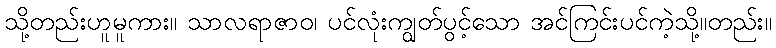
သို့တည်းဟူမူကား။ သာလရာဇာဝ၊ ပင်လုံးကျွတ်ပွင့်သော အင်ကြင်းပင်ကဲ့သို့။တည်း။